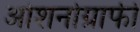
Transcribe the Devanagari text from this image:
ओशनोग्राफी